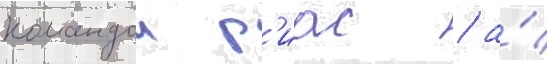
командои р'иас / а́